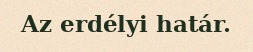
Az erdélyi határ.